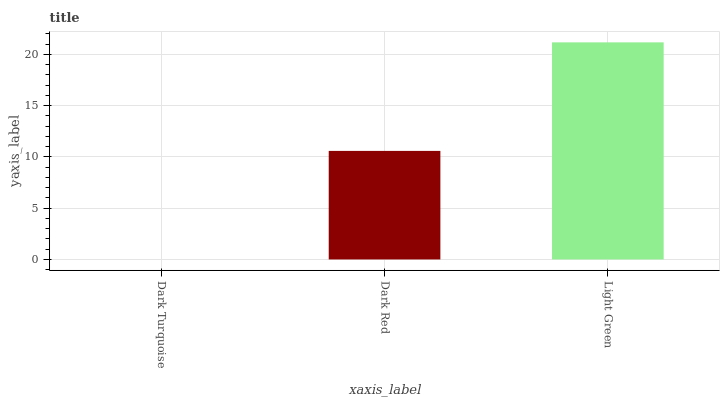
| xaxis_label | bars |
 | --- | --- |
 | Dark Turquoise | 0 |
 | Dark Red | 10.6 |
 | Light Green | 21.2 |